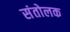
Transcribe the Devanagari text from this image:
संतोलक